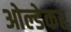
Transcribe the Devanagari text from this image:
ओल्डेकर